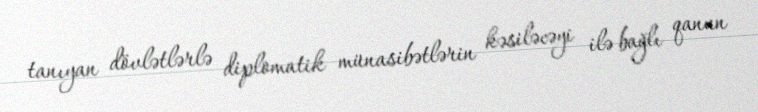
tanıyan dövlətlərlə diplomatik münasibətlərin kəsiləcəyi ilə bağlı qanun